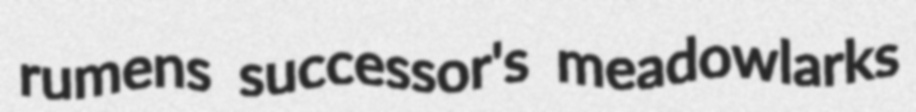
rumens successor's meadowlarks